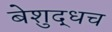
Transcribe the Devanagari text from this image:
बेशुद्धच